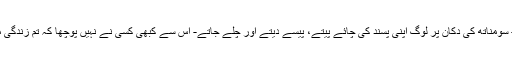
اس سومناتھ گری رام کی جسے لوگ کچھ دن پہلے ایک چائے والے کے نام سے جانتے تھے - سومناتھ کی دکان پر لوگ اپنی پسند کی چائے پیتے، پیسے دیتے اور چلے جاتے- اس سے کبھی کسی نے نہیں پوچھا کہ تم زندگی میں کیا کرنا چاہتے ہو - لیکن چند دنوں کے اندر ایسا کیا ہوا جس سے اس کی زندگی بدل گئی ؟